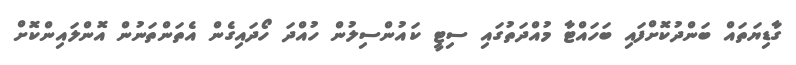
ގާޑިޔަތައް ބަންދުކޮށްފައި ބަހައްޓާ މުއްދަތުގައި ސިޓީ ކައުންސިލުން ހުއްދަ ހޯދައިގެން އެތަންތަނުން އޮންލައިންކޮށް